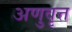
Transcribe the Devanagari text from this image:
अणुवृत्त